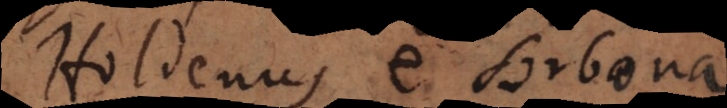
Holdenus e Sorbona